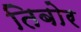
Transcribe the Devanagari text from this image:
तिबोर